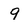
Character: 9